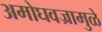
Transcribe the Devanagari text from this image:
अमोघवज्रामुळे